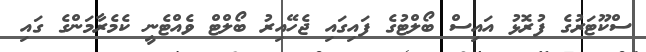
ސްކޫޓަރުގެ ފުރޮޅު އައިސް ބޯލްޓުގެ ފައިގައި ޖެހޭއިރު ބޯލްޓް ވެއްޓެނީ ކެމެރާމަންގެ ގައި